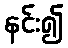
နင်း၍